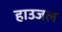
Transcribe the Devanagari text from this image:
हाउजल